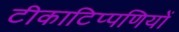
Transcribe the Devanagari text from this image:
टीकाटिप्पणियों